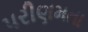
પરીણમતા